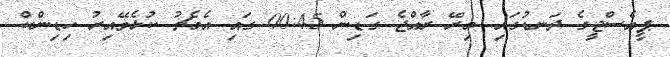
ޕީއެސްޖީގެ ދަނޑުގައި މިރޭ ރާއްޖެ ގަޑިން 00:45 ގައި އެމެޗު ކުޅެވޭއިރު ހިޑިންކް